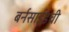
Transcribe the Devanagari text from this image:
बर्नसाईडची